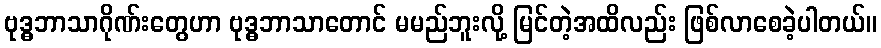
ဗုဒ္ဓဘာသာဂိုဏ်းတွေဟာ ဗုဒ္ဓဘာသာတောင် မမည်ဘူးလို့ မြင်တဲ့အထိလည်း ဖြစ်လာစေခဲ့ပါတယ်။